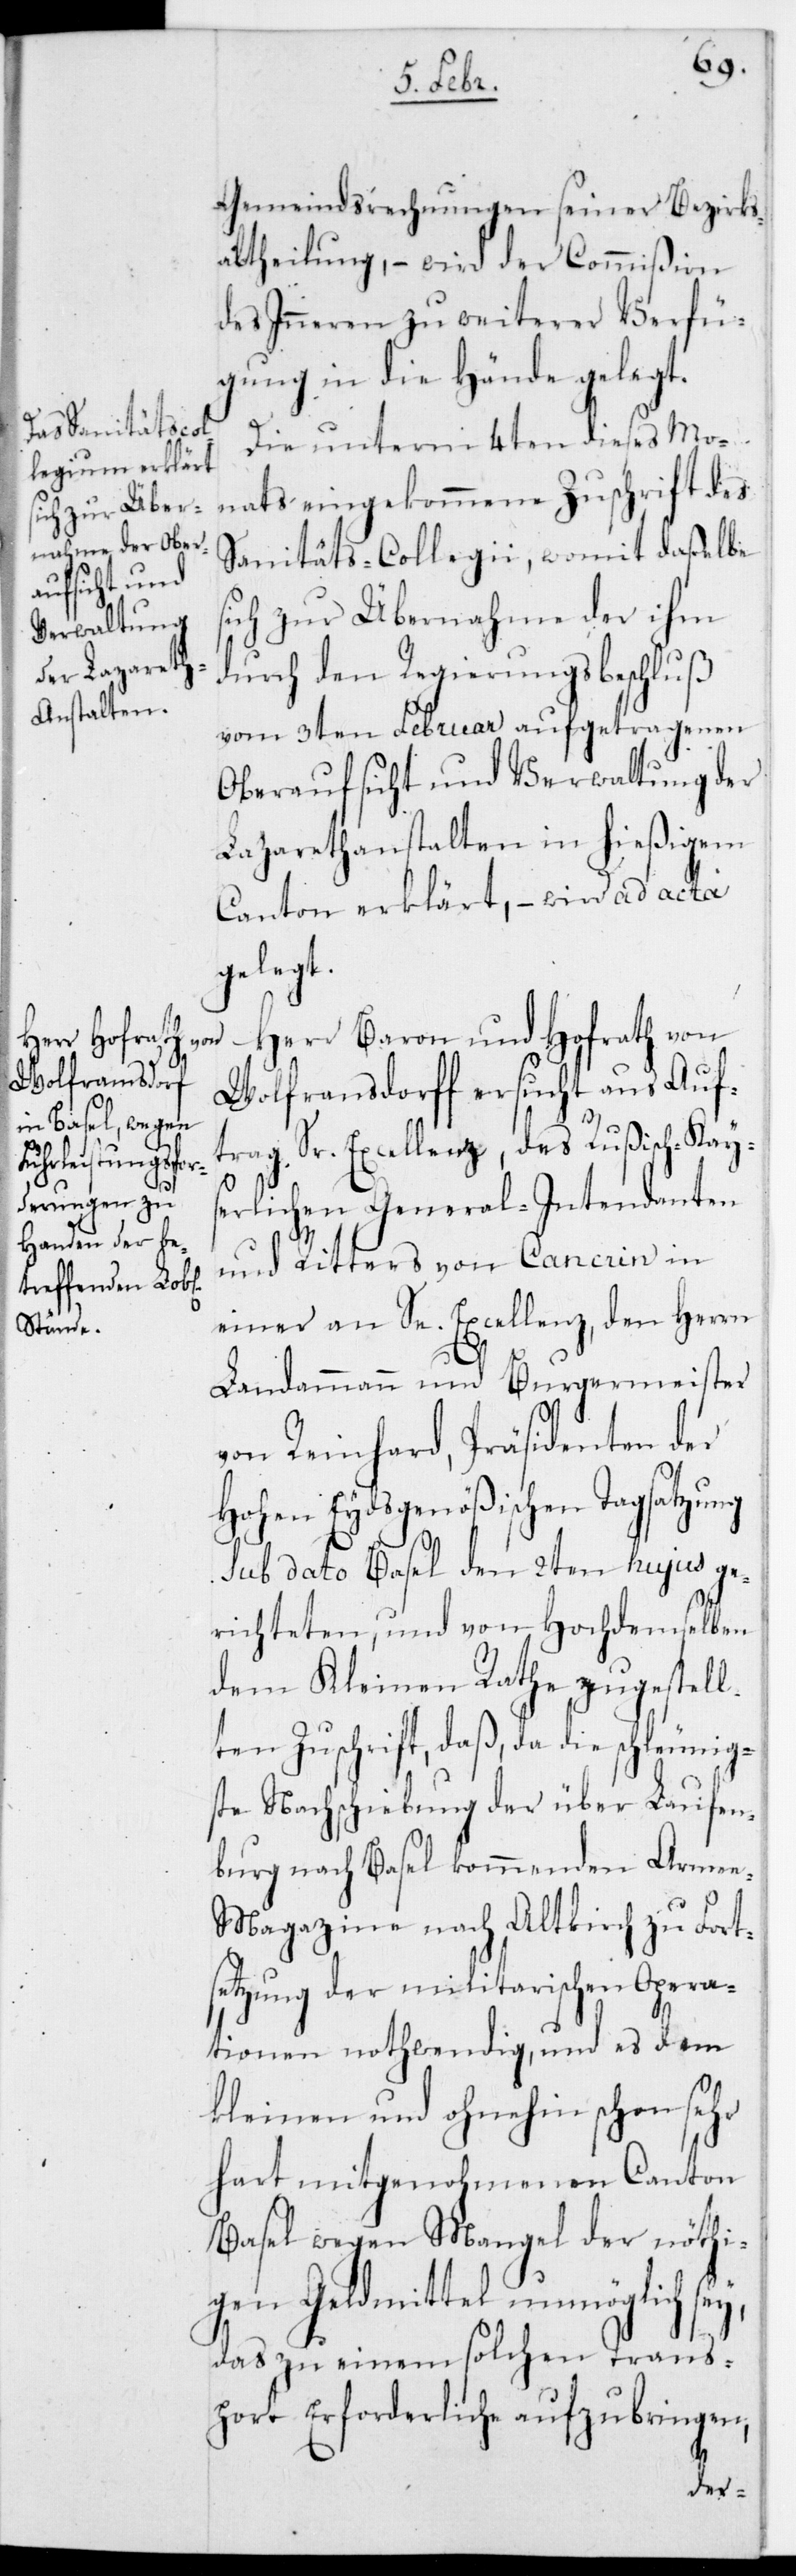
Gemeindsrechnungen seiner Bezirks¬
abtheilung, – wird der Commißion
des Inneren zu weiterer Verfü¬
gung in die Hände gelegt.
Die unterm 4ten dieses Mo¬
nats eingekommene Zuschrift des
Sanitäts-Collegii, womit daßelbe
ich zur Übernahme der ihm
durch den Regierungsbeschluß
vom 3ten Februar aufgetragenen
Oberaufsicht und Verwaltung der
Lazarethanstalten in hießigem
Canton erklärt, – wird ad acta
gelegt.
Auf¬
Herr Baron und Hofrath von
Wolframsdorf¬
trag Sr. Excellenz des Rußisch-Kays¬
erlichen General-Intendanten
und Ritters von Cancrin in
einer an Se. Excellenz den Herrn
Landammann und Burgermeister
von Reinhard, Präsidenten der
Hohen Eydsgenößischen Tagsatzung
sub dato Basel den 2ten hujus ge¬
richteten, und von Hochdemselben
dem Kleinen Rathe zugestell¬
ten Zuschrift, daß da die schleunig¬
ste Nachschiebung der über Laufen¬
burg nach Basel kommenden Arme¬
e-Magazine nach Altkirch zu Fort¬
setzung der militarischen Opera¬
tionen nothwendig, und es dem
kleinen und ohnehin schon sehr
hart mitgenohmenen Canton
Basel wegen Mangel der nöthi¬
gen Geldmittel unmöglich sey,
das zu einem solchen Trans¬
port Erforderliche aufzubringen,